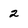
Character: 2